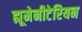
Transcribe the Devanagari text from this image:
ह्यूमेनीटेरियन